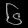
Digit: ၆